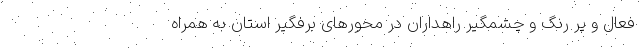
فعال و پر رنگ و چشمگیر راهداران در محورهای برفگیر استان به همراه